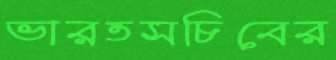
ভারতসচিবের